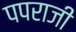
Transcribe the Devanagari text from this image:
पपराजी